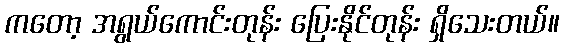
ကတော့ အရွယ်ကောင်းတုန်း ပြေးနိုင်တုန်း ရှိသေးတယ်။